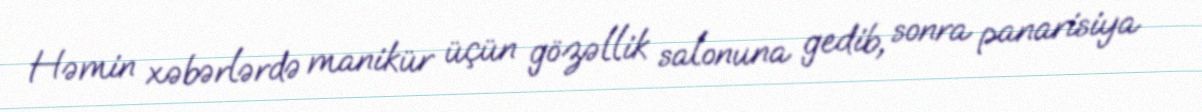
Həmin xəbərlərdə manikür üçün gözəllik salonuna gedib, sonra panarisiya